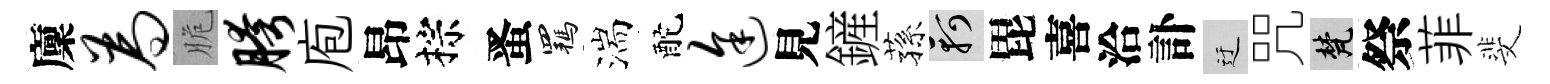
廩为脆胯庖昂棕󱉠羈湍酡途見鏟蓀軻毘喜洽訃迂咒梵祭菲斐